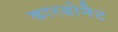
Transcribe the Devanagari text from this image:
कारबोनैट